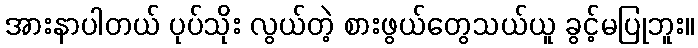
အားနာပါတယ် ပုပ်သိုး လွယ်တဲ့ စားဖွယ်တွေသယ်ယူ ခွင့်မပြုဘူး။